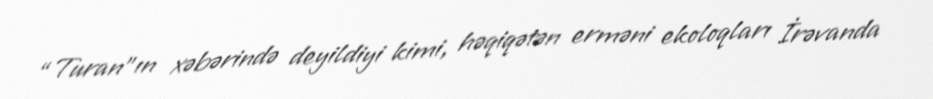
“Turan”ın xəbərində deyildiyi kimi, həqiqətən erməni ekoloqları İrəvanda